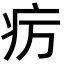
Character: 疠